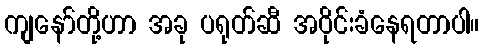
ကျနော်တို့ဟာ အခု ပရုတ်ဆီ အဝိုင်းခံနေရတာပါ။